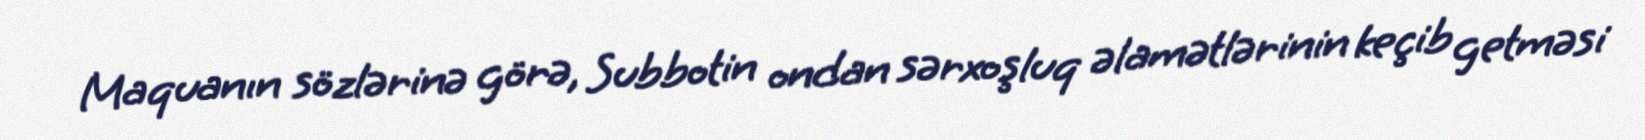
Maquanın sözlərinə görə, Subbotin ondan sərxoşluq əlamətlərinin keçib getməsi